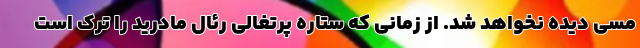
مسی دیده نخواهد شد. از زمانی که ستاره پرتغالی رئال مادرید را ترک است